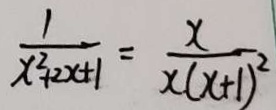
\frac { 1 } { x ^ { 2 } + 2 x + 1 } = \frac { x } { x ( x + 1 ) ^ { 2 } }